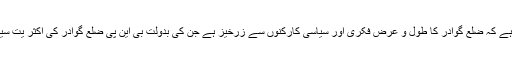
آج کا کامیاب ضلعی کنونشن اس بات کی غماز ہے کہ ضلع گوادر کا طول و عرض فکری اور سیاسی کارکنوں سے زرخیز ہے جن کی بدولت بی این پی ضلع گوادر کی اکثر یت سیاسی جماعت بن کر گھر گھر میں بس چکی ہے۔